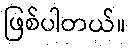
ဖြစ်ပါတယ်။